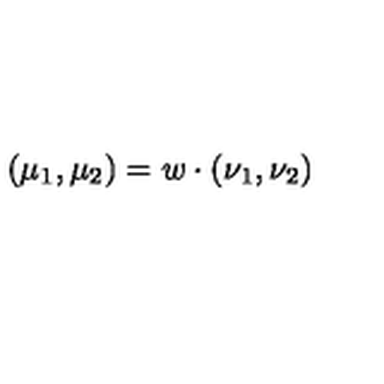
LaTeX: ( \mu _ { 1 } , \mu _ { 2 } ) = w \cdot ( \nu _ { 1 } , \nu _ { 2 } )